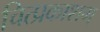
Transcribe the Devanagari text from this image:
चित्प्रकाशम्‌